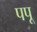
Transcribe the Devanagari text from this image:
पपू